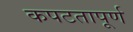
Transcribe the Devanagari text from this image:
कपटतापूर्ण